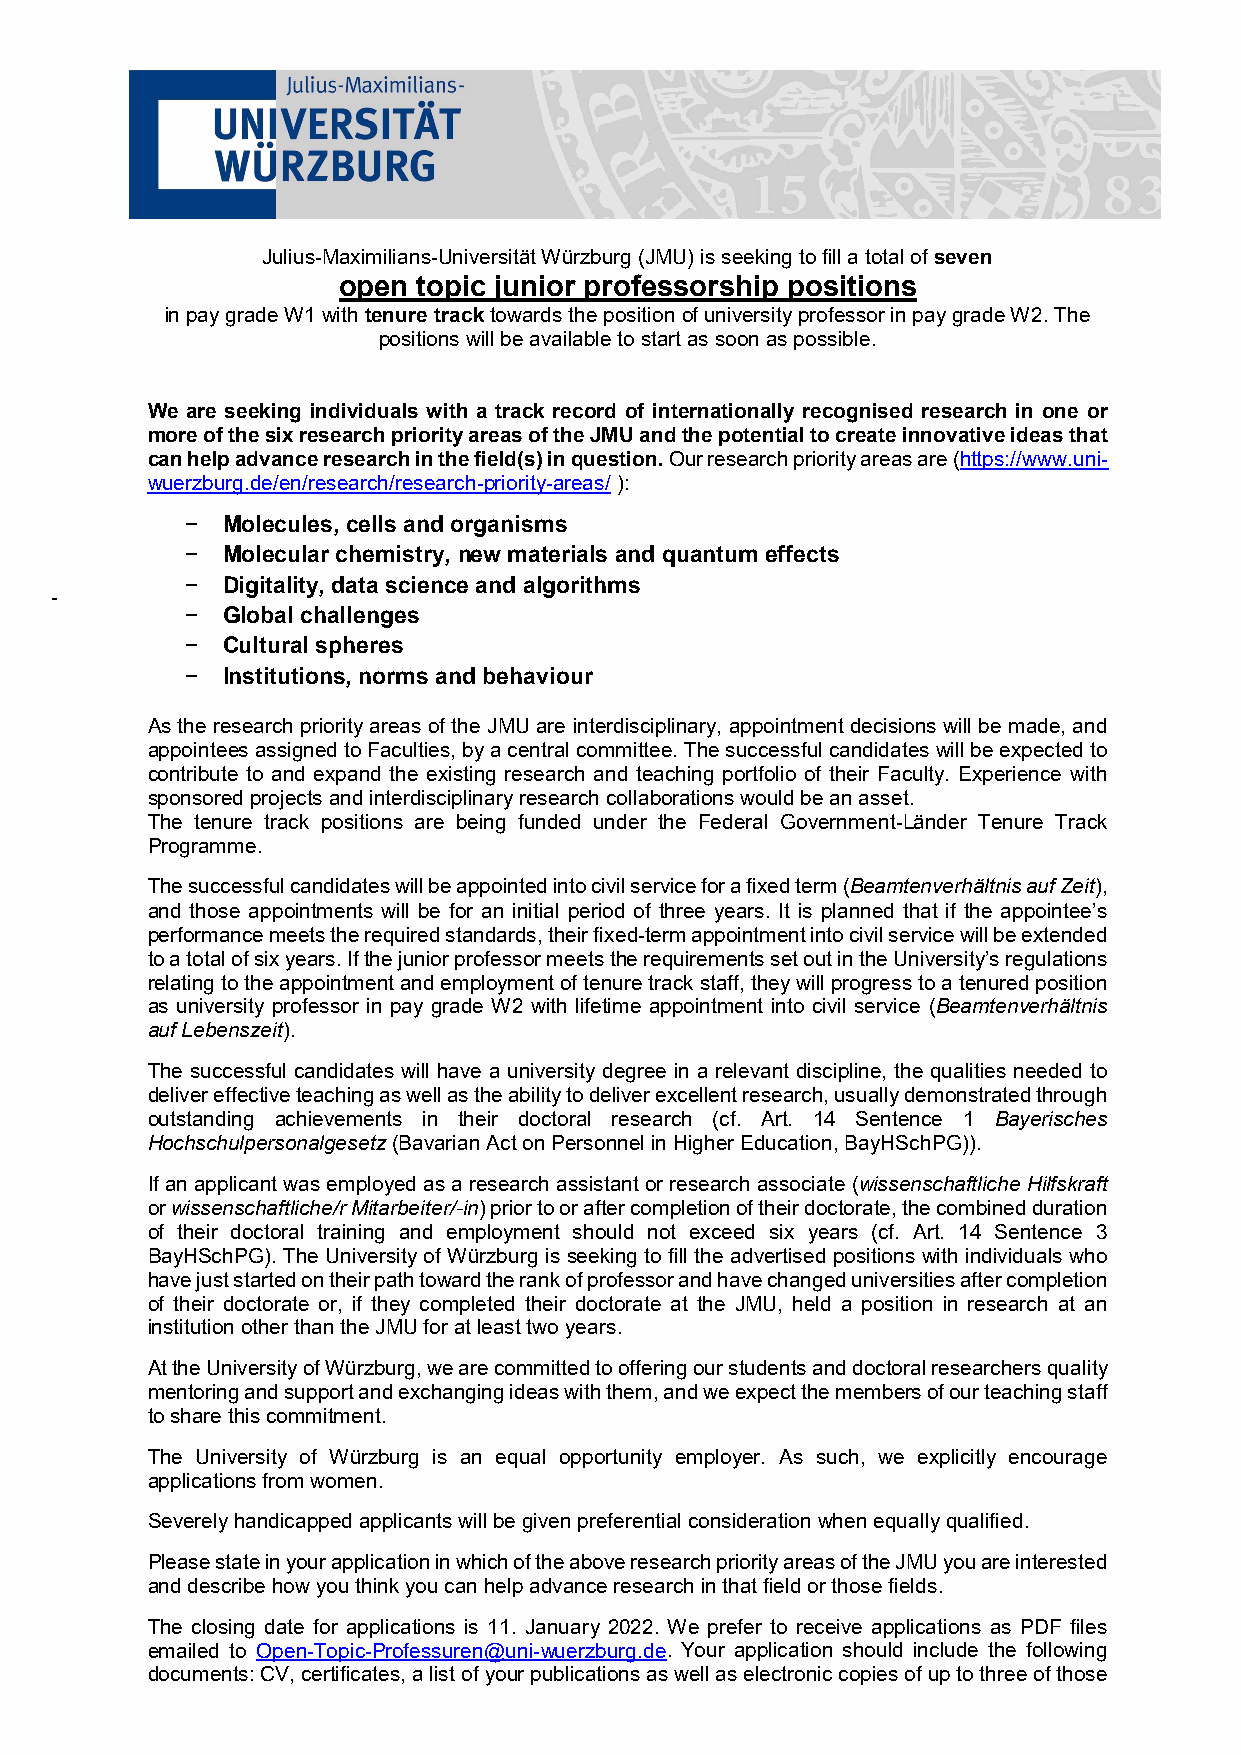
Julius-Maximilians-Universität Würzburg (JMU) is seeking to fill a total of seven
 open  topic junior professorship positions
 in pay grade W1 with tenure track towards the position of university professor in pay grade W2. The
 positions will be available to start as soon as possible.
 We are seeking individuals with a track record of internationally recognised research in one or
 more of the six research priority areas of the JMU and the potential to create innovative ideas that
 can help advance research in the field(s) in question. Our research priority areas are (https://www.uni-
 wuerzburg.de/en/research/research-priority-areas/ ):
 −  Molecules, cells and organisms
 −  Molecular chemistry, new materials and quantum effects
 −  Digitality, data science and algorithms
 -
 −  Global challenges
 −  Cultural spheres
 −  Institutions, norms and behaviour
 As the research priority areas of the JMU are interdisciplinary, appointment decisions will be made, and
 appointees assigned to Faculties, by a central committee. The successful candidates will be expected to
 contribute to and expand the existing research and teaching portfolio of their Faculty. Experience with
 sponsored projects and interdisciplinary research collaborations would be an asset.
 The tenure track positions are being funded under the Federal Government-Länder Tenure Track
 Programme.
 The successful candidates will be appointed into civil service for a fixed term (Beamtenverhältnis auf Zeit),
 and those appointments will be for an initial period of three years. It is planned that if the appointee’s
 performance meets the required standards, their fixed-term appointment into civil service will be extended
 to a total of six years. If the junior professor meets the requirements set out in the University’s regulations
 relating to the appointment and employment of tenure track staff, they will progress to a tenured position
 as university professor in pay grade W2 with lifetime appointment into civil service (Beamtenverhältnis
 auf Lebenszeit).
 The successful candidates will have a university degree in a relevant discipline, the qualities needed to
 deliver effective teaching as well as the ability to deliver excellent research, usually demonstrated through
 outstanding achievements in their doctoral research (cf. Art. 14 Sentence 1 Bayerisches
 Hochschulpersonalgesetz (Bavarian Act on Personnel in Higher Education, BayHSchPG)).
 If an applicant was employed as a research assistant or research associate (wissenschaftliche Hilfskraft
 or wissenschaftliche/r Mitarbeiter/-in) prior to or after completion of their doctorate, the combined duration
 of their doctoral training and employment should not exceed six years (cf. Art. 14 Sentence 3
 BayHSchPG). The University of Würzburg is seeking to fill the advertised positions with individuals who
 have just started on their path toward the rank of professor and have changed universities after completion
 of their doctorate or, if they completed their doctorate at the JMU, held a position in research at an
 institution other than the JMU for at least two years.
 At the University of Würzburg, we are committed to offering our students and doctoral researchers quality
 mentoring and support and exchanging ideas with them, and we expect the members of our teaching staff
 to share this commitment.
 The University of Würzburg is an equal opportunity employer. As such, we explicitly encourage
 applications from women.
 Severely handicapped applicants will be given preferential consideration when equally qualified.
 Please state in your application in which of the above research priority areas of the JMU you are interested
 and describe how you think you can help advance research in that field or those fields.
 The closing date for applications is 11. January 2022. We prefer to receive applications as PDF files
 emailed to Open-Topic-Professuren@uni-wuerzburg.de. Your application should include the following
 documents: CV, certificates, a list of your publications as well as electronic copies of up to three of those